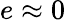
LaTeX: e\approx 0